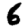
Digit: 6